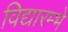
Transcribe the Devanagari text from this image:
विद्यारम्भे